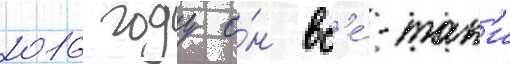
2016 году о́н вс'е́-так'и